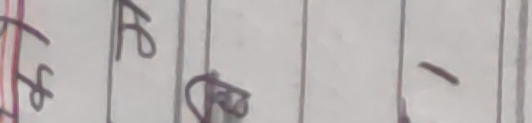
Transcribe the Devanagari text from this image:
कपेम-